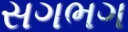
સગભગ